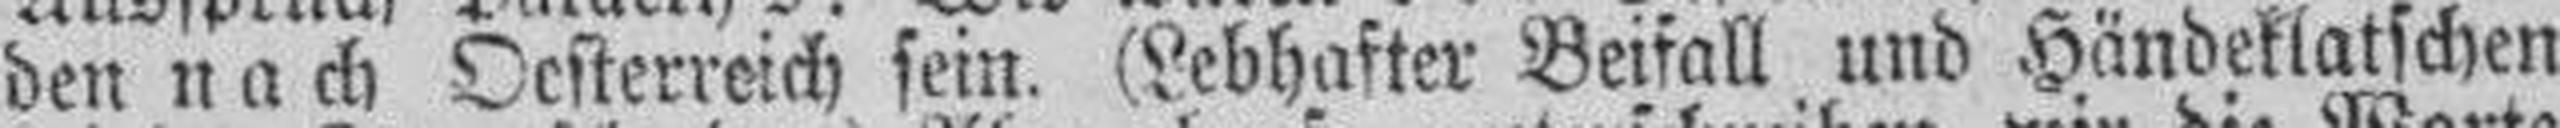
den nach Oesterreich sein. (Lebhafter Beifall und Händeklatschen